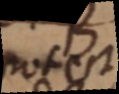
potest